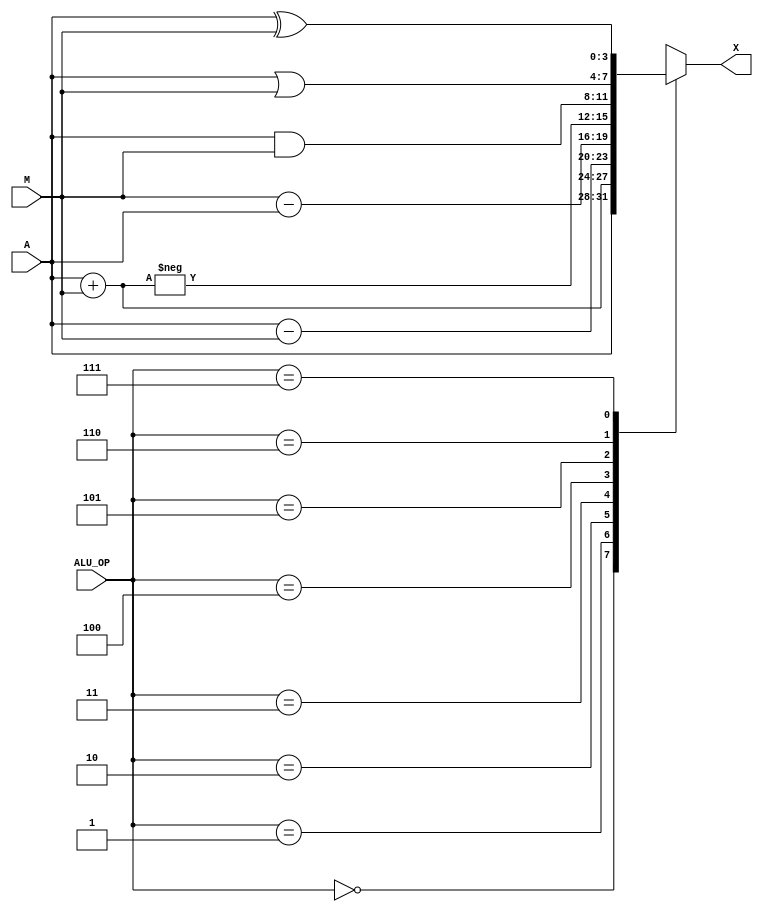
/* 
REG. NO: SEU/IS/13/EG/091
NAME: P.RUMESH
THIS VERILOG CODE IS FOR ARITHMETIC LOGIC UNIT IN THE GIVEN DIAGRAM
*/

// DEFINING ALU
module ALU(A, M, ALU_OP, X);

input [3:0] A;
input [3:0] M;		//FOUR BIT INPUTS A AND M
input [2:0] ALU_OP;	//THREE BIT INPUT ALU_OP
output reg [3:0] X;	//FOUR BIT OUTPUT X SAVED IN REGISTER


always@(*) begin
case(ALU_OP)		
        3'b000: 
           X = A; 
        3'b001: 
           X = A + M;
        3'b010: 
           X = A - M;
        3'b011: 
           X = M-A;
        3'b100: 
           X = -(A+M);
        3'b101: 
           X = A & M;
        3'b110: 
           X = A | M;
        3'b111: 
           X = A ^ M;	//ASSIGNING THE CASES ACCORDING TO THE GIVE OPERATIONS
          endcase
 end
endmodule